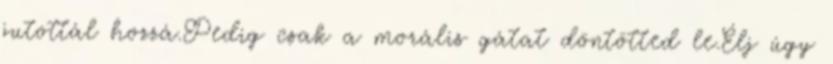
jutottál hozzá.Pedig csak a morális gátat döntötted le.Élj úgy